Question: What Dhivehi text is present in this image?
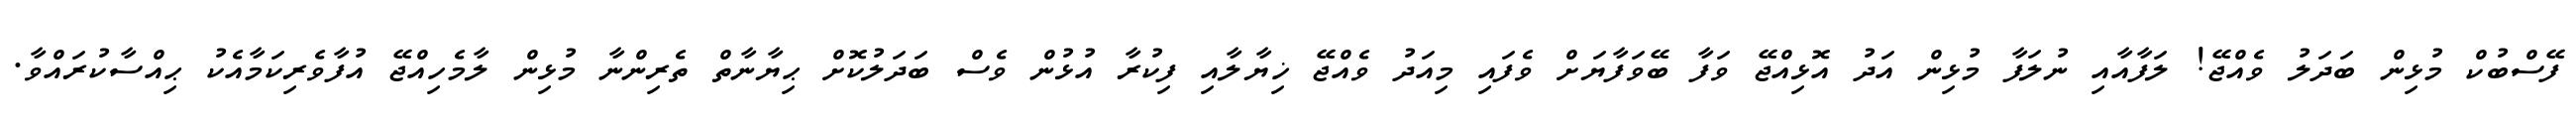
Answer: ފޭސްބުކް މުޅިން ބަދަލު ވެއްޖޭ! ލަފާއާއި ނުލަފާ މުޅިން އަދު އޮޅިއްޖޭ ވަފާ ބޭވަފާޔަށް ވެފައި މިއަދު ވެއްޖޭ ޚިޔާލާއި ފިކުރާ އުޅުން ވެސް ބަދަލުކޮށް ޙިޔާނާތް ތެރިންނާ މުޅިން ލާމެހިއްޖޭ އުފާވެރިކަމާއެކު ޙިއްސާކުރައްވާ.